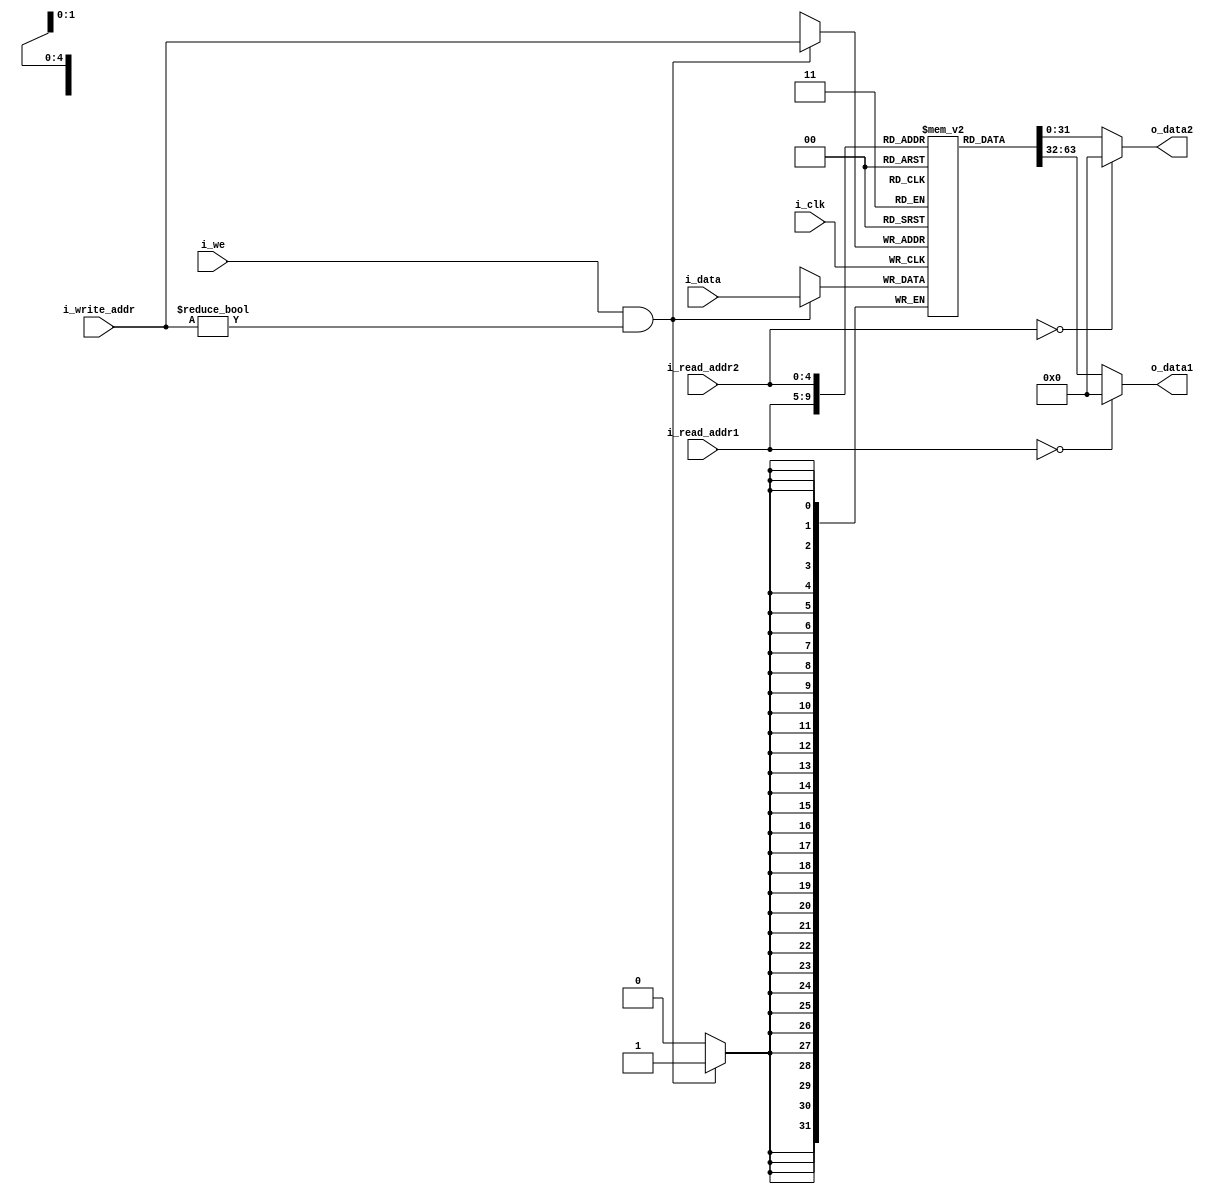
// Register file for MIPS
// Start data: 16.06.15

module Reg_File (i_data, i_we, i_clk, i_read_addr1, i_read_addr2, i_write_addr, o_data1, o_data2);
  
  parameter                       WIDTH = 32;
  
  input                           i_clk, i_we;
  input [4:0]                     i_read_addr1, i_read_addr2, i_write_addr;
  input signed[WIDTH - 1:0]       i_data;
  output reg signed[WIDTH - 1:0]  o_data1, o_data2;
  
  reg signed [WIDTH - 1:0]        reg_mem [1:31];

  always @ (posedge i_clk)
  if(i_we && (i_write_addr != 0))
    reg_mem[i_write_addr] <= i_data;
   
  always @ *
    if(i_read_addr1 == 0)
      o_data1 = 0;
    else
      o_data1 = reg_mem[i_read_addr1];
      
      
  always @ *
    if(i_read_addr2 == 0)
      o_data2 = 0;
    else
      o_data2 = reg_mem[i_read_addr2];
  
endmodule